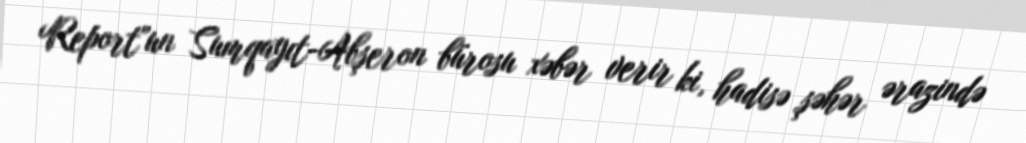
Report"un Sumqayıt-Abşeron bürosu xəbər verir ki, hadisə şəhər ərazində